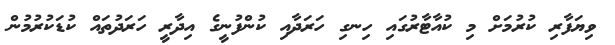
ވިޔަފާރި ކުރުމަށް މި ކުއާޓާރުގައި ހިނގި ހަރަދާއި ކުންފުނީގެ އިދާރީ ހަރަދުތައް ކުޑަކުރުމުން